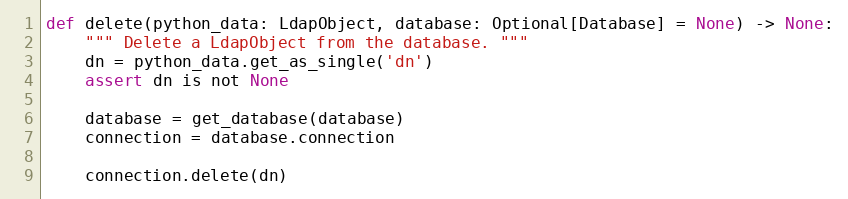
Language: Python
def delete(python_data: LdapObject, database: Optional[Database] = None) -> None:
    """ Delete a LdapObject from the database. """
    dn = python_data.get_as_single('dn')
    assert dn is not None

    database = get_database(database)
    connection = database.connection

    connection.delete(dn)